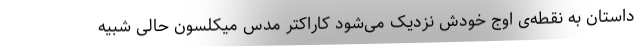
داستان به نقطه‌ی اوج خودش نزدیک می‌شود کاراکتر مدس میکلسون حالی شبیه